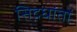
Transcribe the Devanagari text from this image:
सिद़धांतों